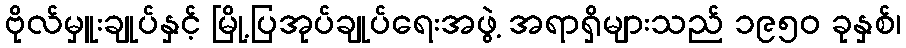
ဗိုလ်မှူးချုပ်နှင့် မြို့ပြအုပ်ချုပ်ရေးအဖွဲ့ အရာရှိများသည် ၁၉၅၀ ခုနှစ်၊